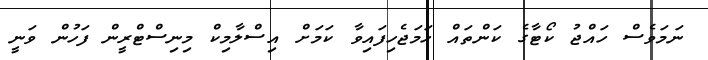
ނަމަވެސް ހައްޖު ކޯޓާގެ ކަންތައް ހަމަޖެހިފައިވާ ކަމަށް އިސްލާމިކް މިނިސްޓްރީން ފަހުން ވަނީ